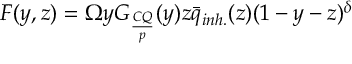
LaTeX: F ( y , z ) = \Omega y G _ { \frac { C Q } { p } } ( y ) z \bar { q } _ { i n h . } ( z ) ( 1 - y - z ) ^ { \delta }